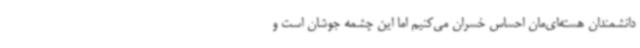
دانشمندان هسته‌ای‌مان احساس خسران می‌کنیم اما این چشمه جوشان است و